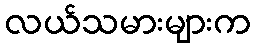
လယ်သမားများက